Insane asylums in Bengal annual reports 1867-1875 - 1867-1875
Year: 1867
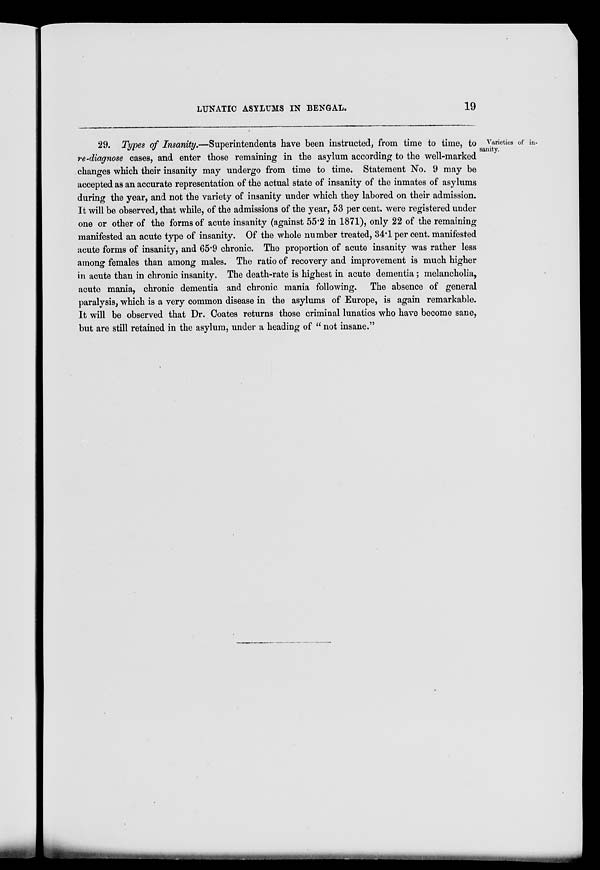
LUNATIC ASYLUMS IN BENGAL.
19
Varieties of in-
sanity.
29. Types of Insanity.—Superintendents have been instructed, from time to time, to
re-diagnose cases, and enter those remaining in the asylum according to the well-marked
changes which their insanity may undergo from time to time. Statement No. 9 may be
accepted as an accurate representation of the actual state of insanity of the inmates of asylums
during the year, and not the variety of insanity under which they labored on their admission.
It will be observed, that while, of the admissions of the year, 53 per cent. were registered under
one or other of the forms of acute insanity (against 55.2 in 1871), only 22 of the remaining
manifested an acute type of insanity. Of the whole number treated, 34.1 per cent. manifested
acute forms of insanity, and 65.9 chronic. The proportion of acute insanity was rather less
among females than among males. The ratio of recovery and improvement is much higher
in acute than in chronic insanity. The death-rate is highest in acute dementia; melancholia,
acute mania, chronic dementia and chronic mania following. The absence of general
paralysis, which is a very common disease in the asylums of Europe, is again remarkable.
It will be observed that Dr. Coates returns those criminal lunatics who have become sane,
but are still retained in the asylum, under a heading of " not insane."